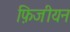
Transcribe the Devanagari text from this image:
फ़िजीयन